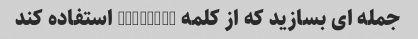
جمله ای بسازید که از کلمه "zephyr" استفاده کند